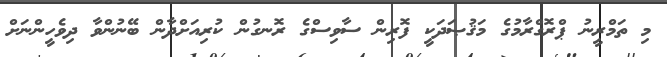
މި ތަމްރީނު ޕްރޮގްރާމުގެ މަޤުޞަދަކީ ފޮރިން ސާވިސްގެ ރޮނގުން ކުރިއަށްދާން ބޭނުންވާ ދިވެހީންނަށް